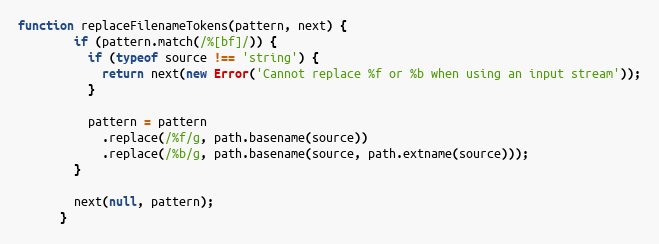
Language: JavaScript
function replaceFilenameTokens(pattern, next) {
        if (pattern.match(/%[bf]/)) {
          if (typeof source !== 'string') {
            return next(new Error('Cannot replace %f or %b when using an input stream'));
          }

          pattern = pattern
            .replace(/%f/g, path.basename(source))
            .replace(/%b/g, path.basename(source, path.extname(source)));
        }

        next(null, pattern);
      }